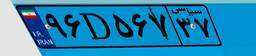
۹۶D۵۶۷۳۷